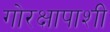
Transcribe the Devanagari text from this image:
गोरक्षापाशी